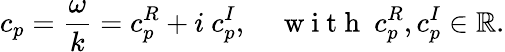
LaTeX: c_{p}=\frac{\omega}{k}=c_{p}^{R}+i\ c_{p}^{I},\quad\mathrm{~w~i~t~h~}\ c_{p}^{R},c_{p}^{I}\in\mathbb{R}.